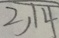
2 , 1 4